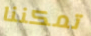
تمكننا